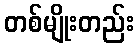
တစ်မျိုးတည်း